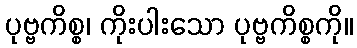
ပုဗ္ဗကိစ္စ၊ ကိုးပါးသော ပုဗ္ဗကိစ္စကို။